Annual report of the Punjab Veterinary College and of the Civil Veterinary Department, Punjab - 1909-1919
Year: 1909
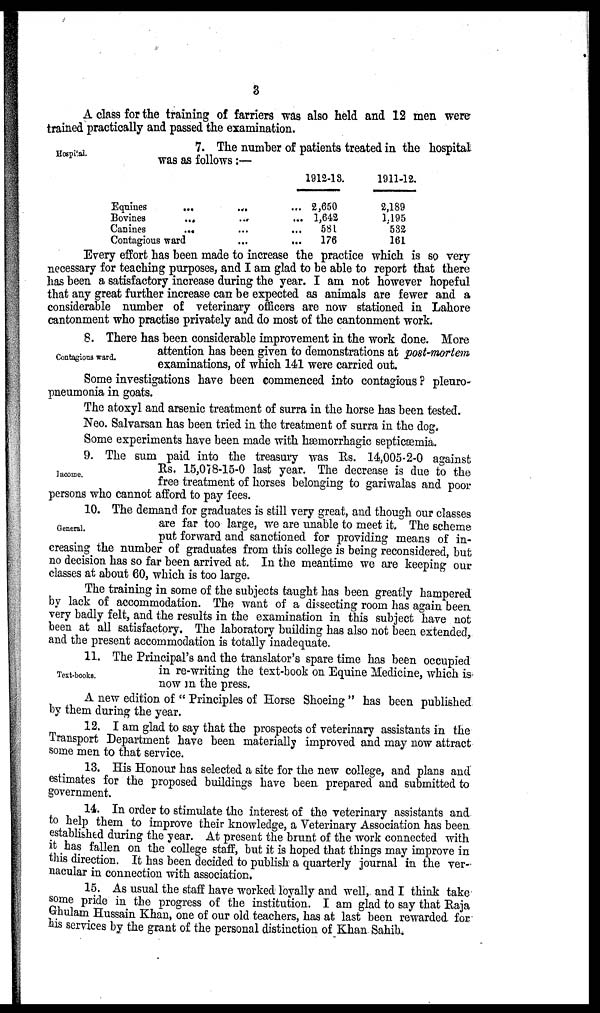
3
A class for the training of farriers was also held and 12 men were
trained practically and passed the examination.
Hospital.
7. The number of patients treated in the hospital
was as follows:—
Equines
...
...
Bovines
...
...
...
Canines
...
...
Contagious ward
... ...
1912-13.
2,650
1,642
581
176
1911-12.
2,189
1,195
582
161
Every effort has been made to increase the practice which is so very
necessary for teaching purposes, and I am glad to be able to report that there
has been a satisfactory increase during the year. I am not however hopeful
that any great further increase can be expected as animals are fewer and a
considerable number of veterinary officers are now stationed in Lahore
cantonment who practise privately and do most of the cantonment work.
Contagions ward.
8. There has been considerable improvement in the work done. More
attention has been given to demonstrations at post-mortem
examinations, of which 141 were carried out.
Some investigations have been commenced into contagious ? pleuro-
pneumonia in goats.
The atoxyl and arsenic treatment of surra in the horse has been tested.
Neo. Salvarsan has been tried in the treatment of surra in the dog.
Some experiments have been made with hæmorrhagic septicæmia.
Income.
9. The sum paid into the treasury was Rs. 14,005-2-0 against
Rs. 15,078-15-0 last year. The decrease is due to the
free treatment of horses belonging to gariwalas and poor
persons who cannot afford to pay fees.
General.
10. The demand for graduates is still very great, and though our classes
are far too large, we are unable to meet it. The scheme
put forward and sanctioned for providing means of in-
creasing the number of graduates from this college is being reconsidered, but
no decision has so far been arrived at. In the meantime we are keeping our
classes at about 60, which is too large.
The training in some of the subjects taught has been greatly hampered
by lack of accommodation. The want of a dissecting room has again been
very badly felt, and the results in the examination in this subject have not
been at all satisfactory. The laboratory building has also not been extended,
and the present accommodation is totally inadequate.
Text-books.
11. The Principals and the translator's spare time has been occupied
in re-writing the text-book on Equine Medicine, which is
now in the press.
A new edition of "Principles of Horse Shoeing" has been published
by them during the year.
12. I am glad to say that the prospects of veterinary assistants in the
Transport Department have been materially improved and may now attract
some men to that service.
13. His Honour has selected a site for the new college, and plans and
estimates for the proposed buildings have been prepared and submitted to
government.
14. In order to stimulate the interest of the veterinary assistants and
to help them to improve their knowledge, a Veterinary Association has been
established during the year. At present the brunt of the work connected with
it has fallen on the college staff, but it is hoped that things may improve in
this direction. It has been decided to publish a quarterly journal in the ver-
nacular in connection with association.
15. As usual the staff have worked loyally and well, and I think take
some pride in the progress of the institution. I am glad to say that Raja
Ghulam Hussain Khan, one of our old teachers, has at last been rewarded for
his services by the grant of the personal distinction of Khan Sahib.